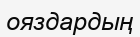
ояздардың